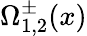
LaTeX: \Omega_{1,2}^{\pm}(x)